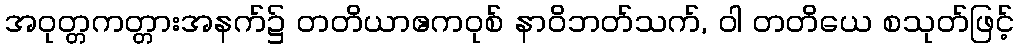
အဝုတ္တကတ္တားအနက်၌ တတိယာဧကဝုစ် နာဝိဘတ်သက်, ဝါ တတိယေ စသုတ်ဖြင့်